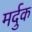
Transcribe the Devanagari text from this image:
मर्दुक